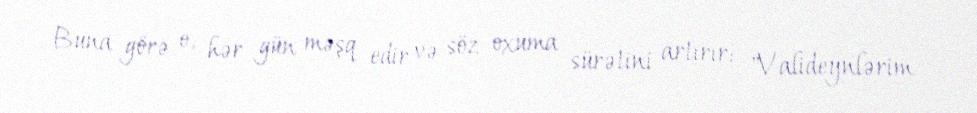
Buna görə o, hər gün məşq edir və söz oxuma sürətini artırır: "Valideynlərim